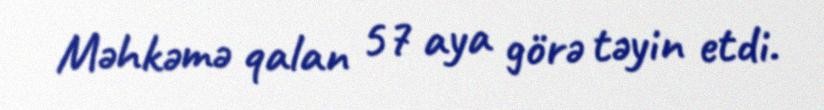
Məhkəmə qalan 57 aya görə təyin etdi.